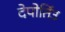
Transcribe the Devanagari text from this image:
देपोर्तिउ